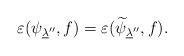
LaTeX: \begin{align*}\varepsilon({\psi}_{\underline\lambda''},f)=\varepsilon(\widetilde{\psi}_{\underline\lambda''},f).\end{align*}